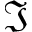
\Im